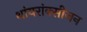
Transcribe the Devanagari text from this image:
थांयरांक्सीजन